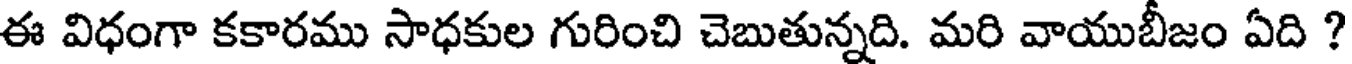
ఈ విధంగా కకారము సాధకుల గురించి చెబుతున్నది. మరి వాయుబీజం ఏది ?